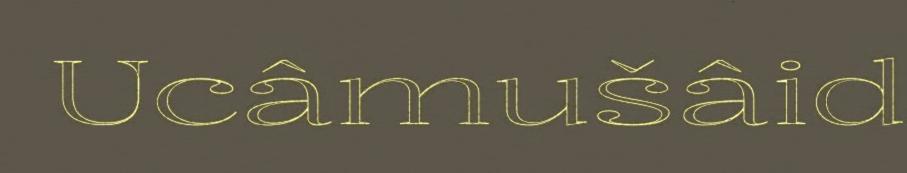
Ucâmušâid